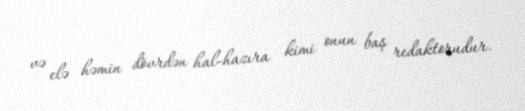
və elə həmin dövrdən hal-hazıra kimi onun baş redaktorudur.